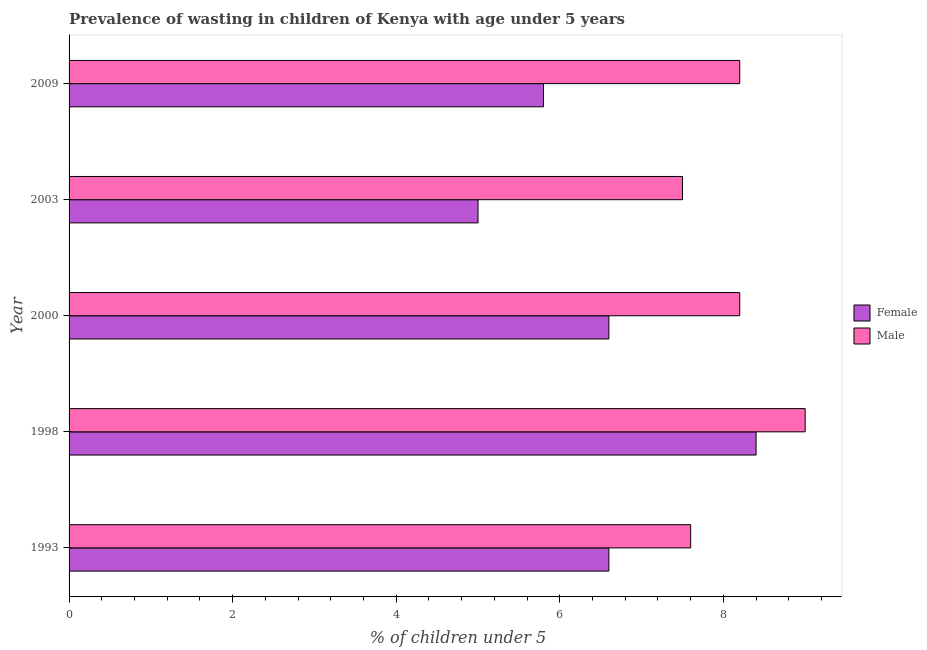
| Year | Female | Male |
 | --- | --- | --- |
 | 1993 | 6.6 | 7.6 |
 | 1998 | 8.4 | 9 |
 | 2000 | 6.6 | 8.2 |
 | 2003 | 5 | 7.5 |
 | 2009 | 5.8 | 8.2 |